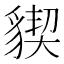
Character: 䝟